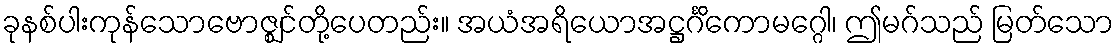
ခုနစ်ပါးကုန်သောဗောဇ္ဈင်တို့ပေတည်း။ အယံအရိယောအဋ္ဌင်္ဂိကောမဂ္ဂေါ၊ ဤမဂ်သည် မြတ်သော